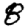
Digit: 8